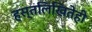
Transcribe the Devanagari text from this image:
हस्तलिखितेही